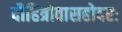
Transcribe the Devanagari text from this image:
दौहित्रोवासहोदरः